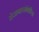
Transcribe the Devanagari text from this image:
रोजगारसंबंधीच्या